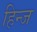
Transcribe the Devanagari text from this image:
हिन्ज